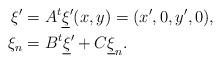
LaTeX: \begin{align*}\xi'&=A^t\underline{\xi}' (x,y)=(x',0,y',0), \\\xi_n&={B^t\underline{\xi}'}+C\underline{\xi}_n. \end{align*}